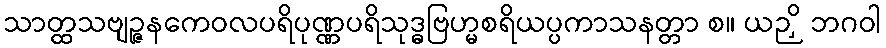
သာတ္ထသဗျဉ္ဇနကေဝလပရိပုဏ္ဏပရိသုဒ္ဓဗြဟ္မစရိယပ္ပကာသနတ္တာ စ။ ယဉှိ ဘဂဝါ